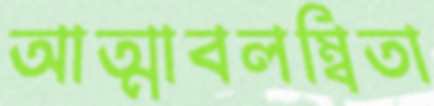
আত্মাবলম্বিতা